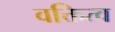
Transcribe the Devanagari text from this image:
वक्तित्व